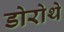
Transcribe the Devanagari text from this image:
डोरोथे